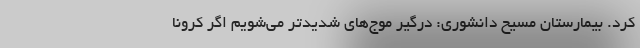
کرد. بیمارستان مسیح دانشوری: درگیر موج‌های شدیدتر می‌شویم اگر کرونا